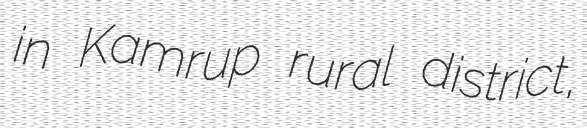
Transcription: in Kamrup rural district,